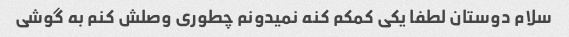
سلام دوستان لطفا یکی کمکم کنه نمیدونم چطوری وصلش کنم به گوشی